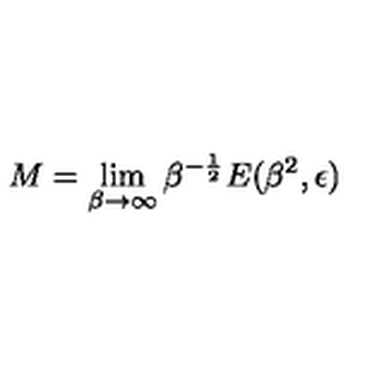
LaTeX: M = \lim _ { \beta \rightarrow \infty } \beta ^ { - { \frac { 1 } { 2 } } } E ( \beta ^ { 2 } , \epsilon )